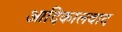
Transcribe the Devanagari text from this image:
आदिकालवाद